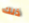
ذلك